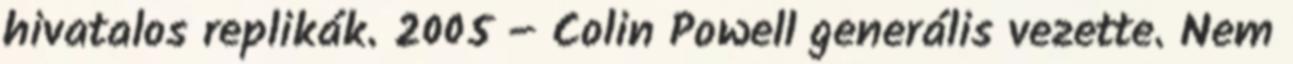
hivatalos replikák. 2005 – Colin Powell generális vezette. Nem